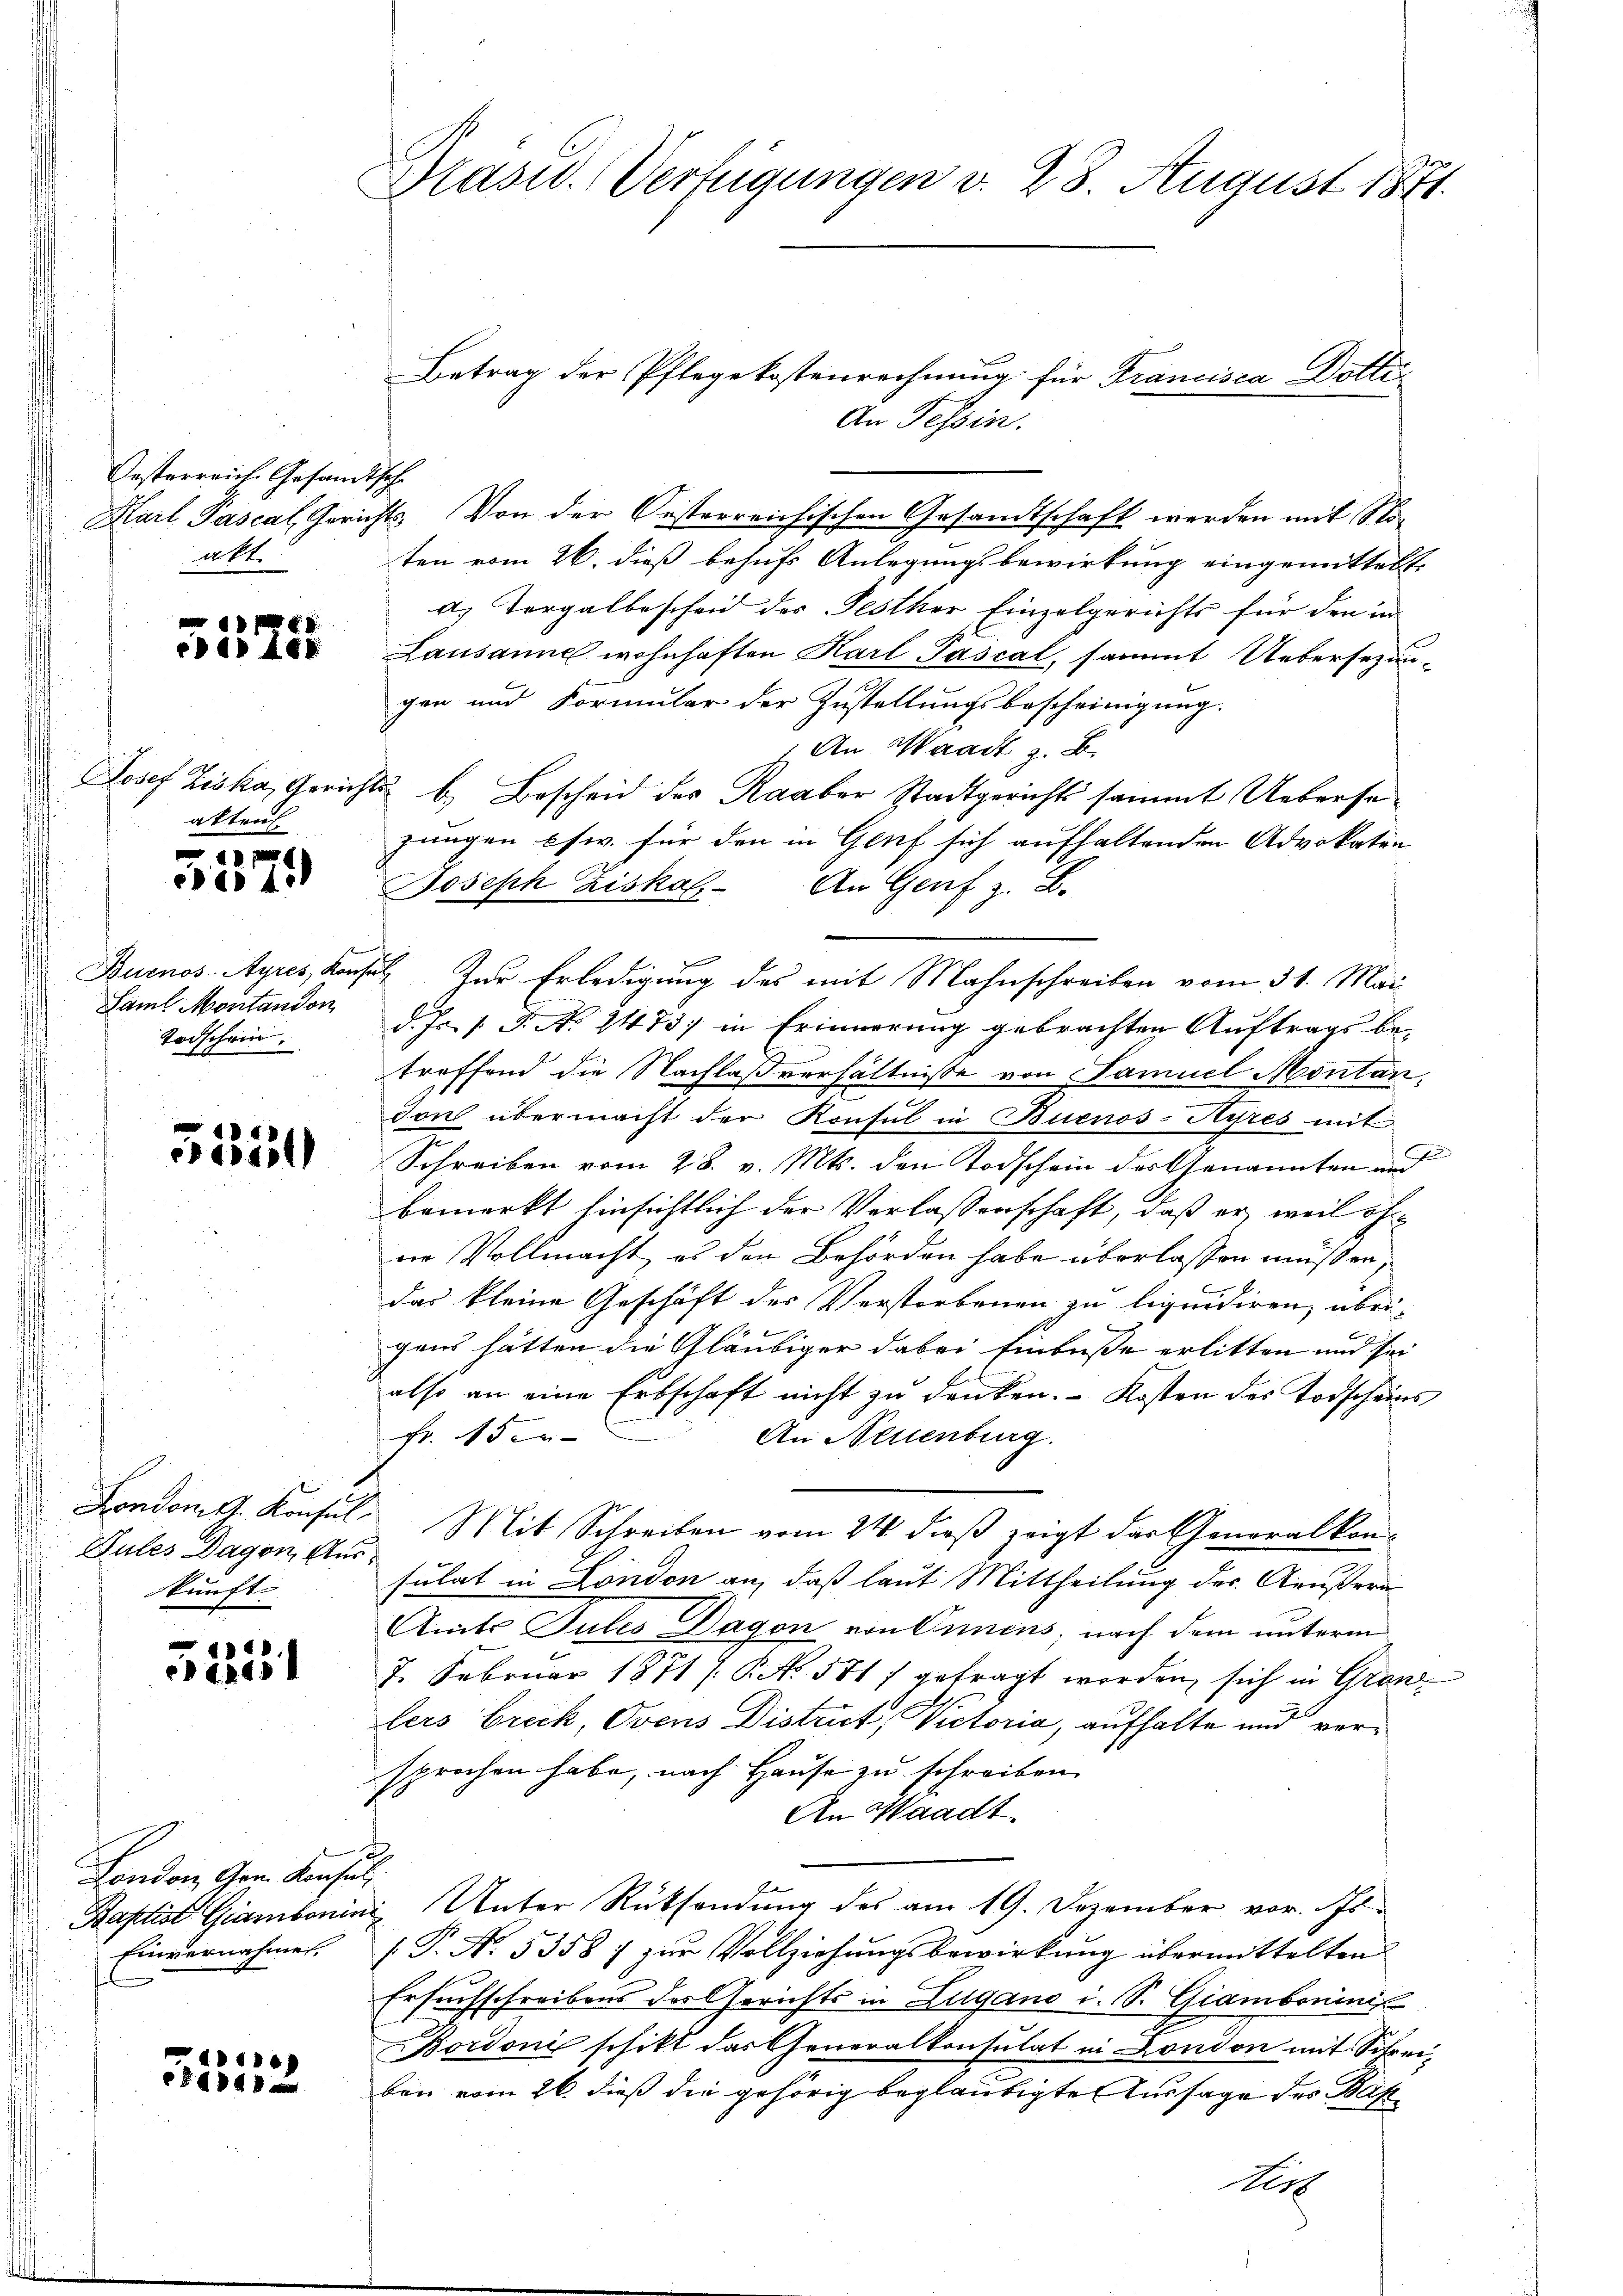
Oesterreich Gesandtsche
a 4t.

edier

akten.

x
ca 15

Durnos-Ayres, Konst
Saml Montandon
Todschein.

.
e

London St. Konsul
Gules Dagen, Stur
kunft

2221

London, Gen. Konsuls
Baptist Giambonim
Einvernahme.

d
§148

Brasid. Verfügungen v. 28. August 1871.

Betrag der Pflegekostenrechnung für Francisca Dotte
An Tessin.
Karl Pascal, Gerichts. Von der Oesterreichischen Gesandtschaft werden mit Stiten vom 26. dieß behufs Anlegungsbewirkung eingemittelt.
a) Tergalbescheid des Festher Einzelgerichts für den in
Lausanne wohnhaften Karl Pascal, sammt Uebersezun-
gen und Formular der Zustellungsbescheinigung.
 An Waadt z. B.
Josef Ziska, Gerichts b.) Bescheid des Raaber Stadtgerichts sammt Uebersezungen psw. für den in Genf sich aufhaltenden Advokaten
Joseph Ziskal. An Genf z. B.
 Zur Erledigung des mit Mahnschreiben vom 31. Mai
d. Js. (T. No. 2473; in Erinnerung gebrachten Auftrags betroffend die Nachlaßverhältnisse von Samuel Montan,
don übermacht der Konsul in Buenos-Ayres mit
Schreiben vom 28. v. Mts. den Todschein der Genannten au
bemerkt hinsichtlich der Verlassenschaft, daß er, weil öf
ne Vollmacht, es den Behörden habe überlassen müssen,
das kleine Geschäft des Verstorbenen zu liquidiren, übri-
gend hätten die Gläubiger dabei Einbuße erlitten und sei
also an eine Erbschaft nicht zu denken. Kosten des Todscheins
Fr. 15 er-
An Neuenburg.
 Mit Schreiben vom 24. dieß zeigt der Generalkon-
sulat in London an, daß laut Mittheilung des Aeußera¬
Amts Tules Dagon von Onmens, nach dem unterm
2. Februar 1871 [PNNo. 581 f gefragt worden, sich in Gran
lers brick, Ovens District, Victoria, aufhalte und versprochen habe, nach Hause zu schreiben
An Waadt
 Unter Rücksendung des am 19. Dezember vor. Js.
[.P. N. 53587 zur Vollziehungsbewirkung übermittelten
Erfrufschreibens der Gerichts in Lugano i. S. Giambonini
Bordoni schikt das Generalkonsulat in London mit Schreiben vom 26. dieß die gehörig beglaubigte Aussage des Bas
Ar